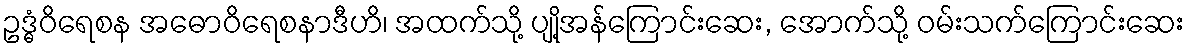
ဥဒ္ဓံဝိရေစန အဓောဝိရေစနာဒီဟိ၊ အထက်သို့ ပျို့အန်ကြောင်းဆေး, အောက်သို့ ဝမ်းသက်ကြောင်းဆေး